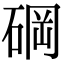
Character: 碙